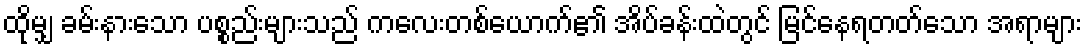
ထိုမျှ ခမ်းနားသော ပစ္စည်းများသည် ကလေးတစ်ယောက်၏ အိပ်ခန်းထဲတွင် မြင်နေရတတ်သော အရာများ